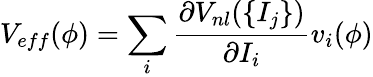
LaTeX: V_{eff}(\phi)=\sum_{i}\frac{\partial V_{nl}(\{ I_{j}\} )}{\partial I_{i}}v_{i}(\phi)